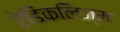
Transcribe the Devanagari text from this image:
रेडिकलिज्म